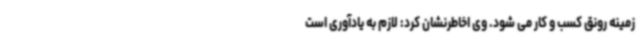
زمینه رونق کسب و کار می شود. وی اخاطرنشان کرد: لازم به یادآوری است